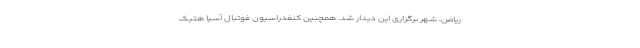
ریاض، شهر برگزاری این دیدار شد. همچنین کنفدراسیون فوتبال آسیا هتیک